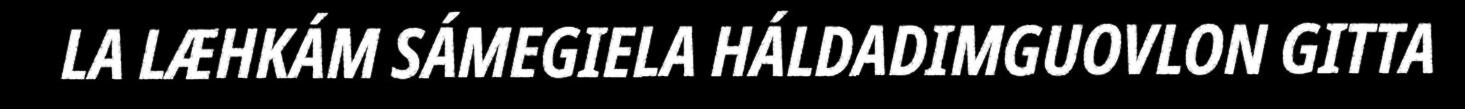
LA LÆHKÁM SÁMEGIELA HÁLDADIMGUOVLON GITTA